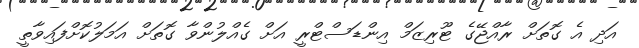
އަދި އެ ގޮތަށް ރާއްޖޭގެ ޓޫރިޒަމް އިންޑަސްޓްރީ އަށް ގެއްލުންވާ ގޮތަށް އަމަލުކޮށްފައިވާތީ